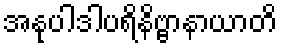
အနုပါဒါပရိနိဗ္ဗာနာယာတိ